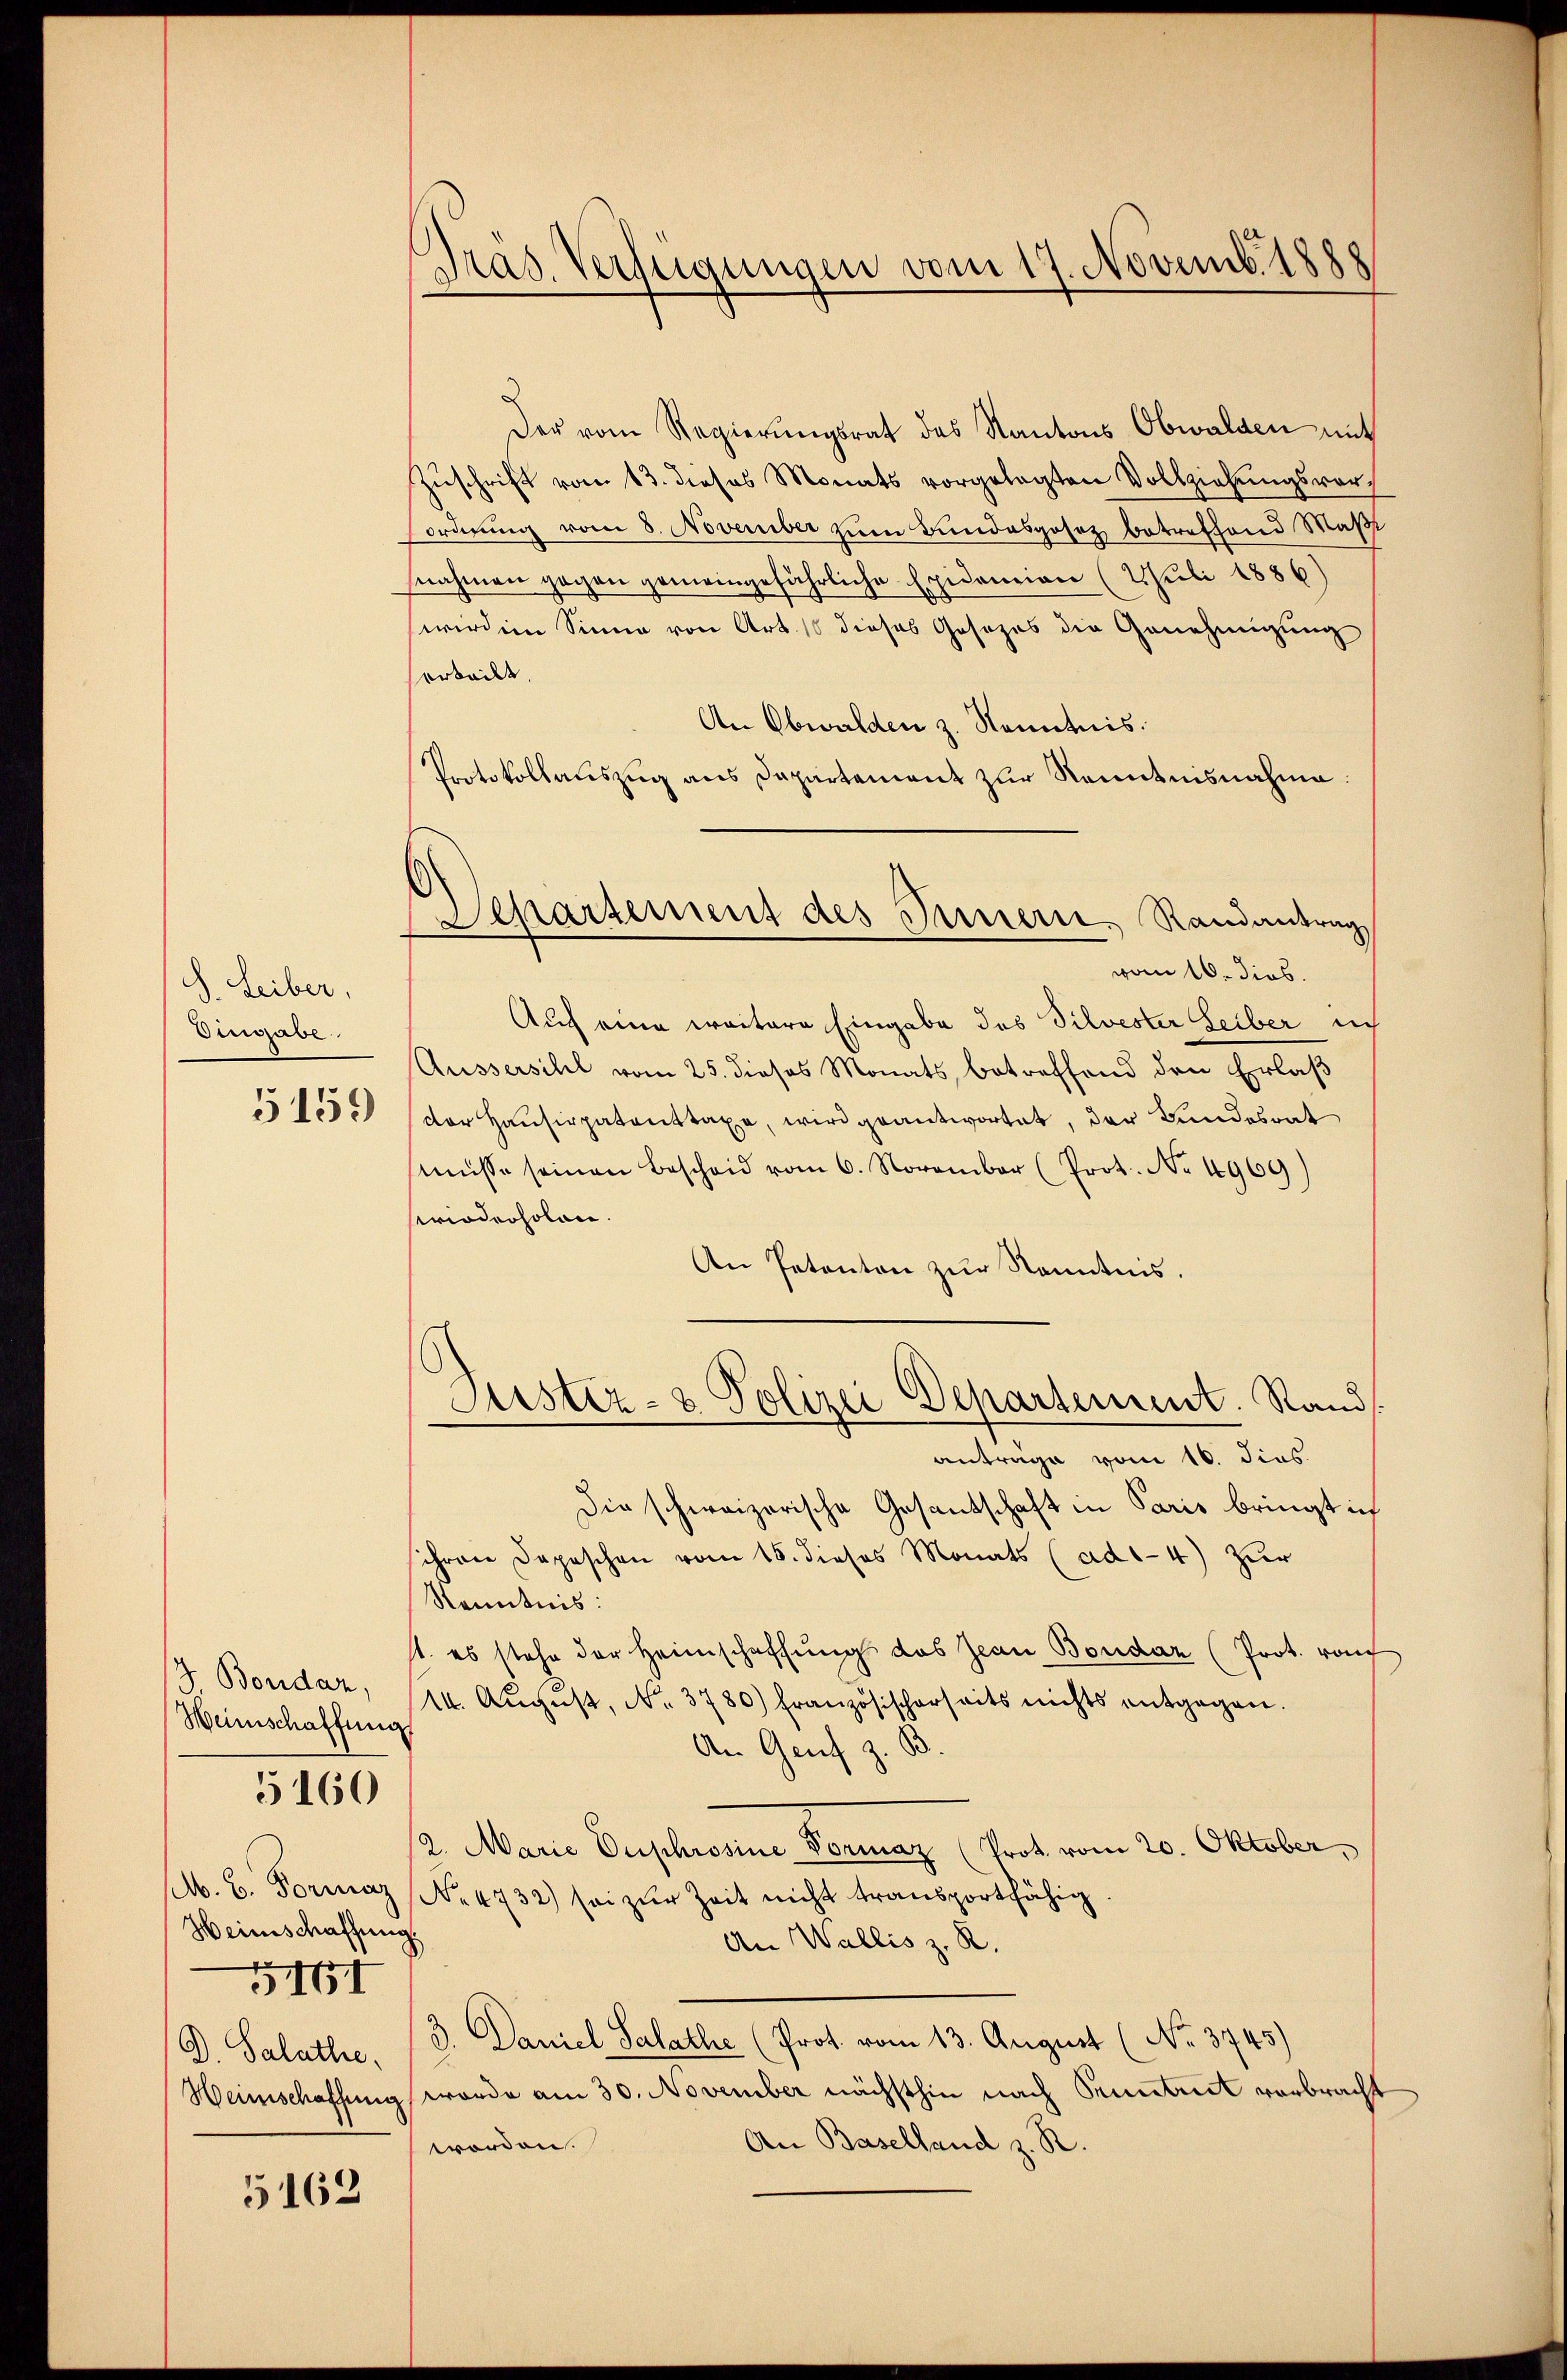
S. Leiber,
Eingabe
5150

J. Bonidar,
Weinschaffung

5160

Heinschaffung
r
D. Salathe,

5461

5162

Dras. Verfügungen vom 17. Novemb. 1888

Separtement des Innern, Randantrag

n
Der vom Regierŭngsrat des Kantons Obwalden mit
Zuschrift vom 13. dieses Monats vorgelegten Vollziehungsvor¬
Forderung vom 8. November zum Bundesgesez betreffend Maß
nahmen gegen gemeingefährliche Epidemien (JJuli 1886)
wirden Sinne von Art. 1 dieses Gesezes die Genehmigung
orteilt.
An Obwalden z. Kenntnis.
Portokollauszug aus Departement zur Kenntnisnahme:
vom 16. dies.
Auch eine weitere Eingabe des Silvester Leiber in
Aussersihl vom 25. dieses Monats, betreffend den Erlaß
der Hausirpatenttaxe, wird geantwortet, der Bundesrat
müsse seinen Bescheid vom 6. November (Prot. No. 4969)
Perioderholen.
An Petenton zur Kenntnis.
Justiz- & Polizei Departement. Stand.
anträge vom 16. dies
Die schweizerische Gesandschaft in Paris bringt ich
ihren Depeschen vom 15. dieses Monats (ad1-4) Zur
Kenntnis:
1. es stehe der Heimschaffung das Jean Bondaz (Prot. rau
1. August, No. 3780) Französischerseits nichts entgegen.
An Genf z. B
12. Maria Euphrosine Vormaz (Prot. vom 20. Oktober,
M. B. Formaz No. 4732) sei zur Zeit nicht transportfähig
An Wallis z. R.
3. Daniel Salathe (Prot. vom 13. August (No. 3745)
Heimschaffung worde am 30. November nächsthin nach Pruntrut verbracht
An Baselland z. R.
worden.